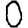
Digit: 0